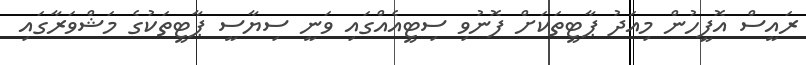
ރައީސް އޮފީހުން މިއަދު ޕާޓީތަކަށް ފޮނުވި ސިޓީއެއްގައި ވަނީ ސިޔާސީ ޕާޓީތަކުގެ މަޝްވަރާގައި